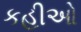
કહીઓ